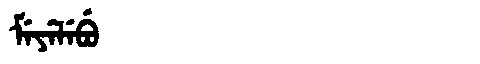
Manchu: ᠮᡝᠶᡝᠯᡝᠪᡠ
Romanization: MEYELEBU